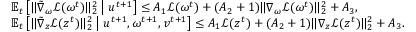
\begin{array} { r l } & { \mathbb { E } _ { t } \left[ \| \tilde { \nabla } _ { \omega } \mathcal { L } ( \omega ^ { t } ) \| _ { 2 } ^ { 2 } \; \middle | \; u ^ { t + 1 } \right] \leq A _ { 1 } \mathcal { L } ( \omega ^ { t } ) + ( A _ { 2 } + 1 ) \| \nabla _ { \omega } \mathcal { L } ( \omega ^ { t } ) \| _ { 2 } ^ { 2 } + A _ { 3 } , } \\ & { \mathbb { E } _ { t } \left[ \| \tilde { \nabla } _ { z } \mathcal { L } ( z ^ { t } ) \| _ { 2 } ^ { 2 } \; \middle | \; u ^ { t + 1 } , \omega ^ { t + 1 } , v ^ { t + 1 } \right] \leq A _ { 1 } \mathcal { L } ( z ^ { t } ) + ( A _ { 2 } + 1 ) \| \nabla _ { z } \mathcal { L } ( z ^ { t } ) \| _ { 2 } ^ { 2 } + A _ { 3 } . } \end{array}